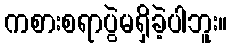
ကစားစရာပွဲမရှိခဲ့ပါဘူး။